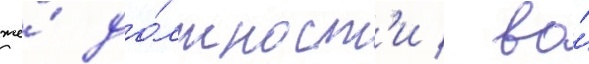
же́ до́лжност'и / во́